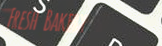
Fresh Bakery